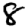
Digit: 8